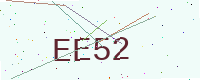
Text: EE52